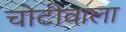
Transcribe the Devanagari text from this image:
चोटीवाला